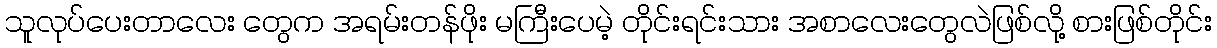
သူလုပ်ပေးတာလေး တွေက အရမ်းတန်ဖိုး မကြီးပေမဲ့ တိုင်းရင်းသား အစာလေးတွေလဲဖြစ်လို့ စားဖြစ်တိုင်း